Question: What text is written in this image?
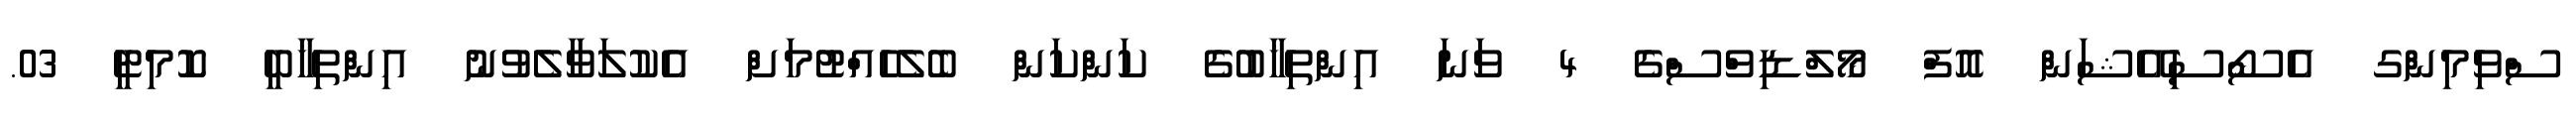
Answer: ސްވިމިންގ އެސޯސިއޭޝަން އޮފް މޯލްޑިވްސްގެ 4 ވަނަ އިންތިޚާބުގެ ކަންކަން ބެލެހެއްޓުމަށް އެކުލަވާލެވުނު އިންތިޚާބީ ކޮމިޓީ 03.